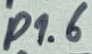
Text: P1.6